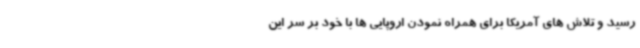
رسید و تلاش های آمریکا برای همراه نمودن اروپایی ها با خود بر سر این